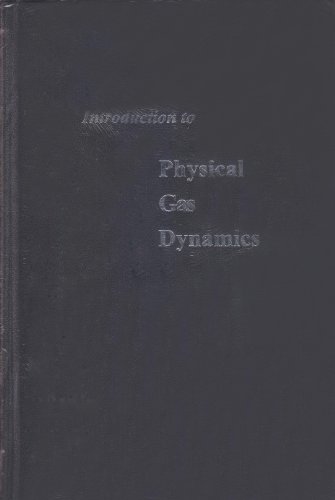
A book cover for Introduction to Physical Gas Dynamics; W. G. Vincenti; Science & Math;